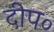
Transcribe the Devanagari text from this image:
दीप०